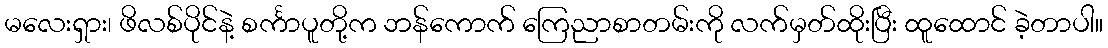
မလေးရှား၊ ဖိလစ်ပိုင်နဲ့ စင်္ကာပူတို့က ဘန်ကောက် ကြေညာစာတမ်းကို လက်မှတ်ထိုးပြီး ထူထောင် ခဲ့တာပါ။